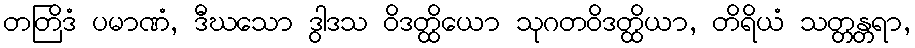
တတြိဒံ ပမာဏံ, ဒီဃသော ဒွါဒသ ဝိဒတ္ထိယော သုဂတဝိဒတ္ထိယာ, တိရိယံ သတ္တန္တရာ,